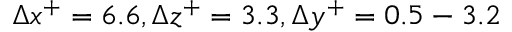
\Delta x ^ { + } = 6 . 6 , \Delta z ^ { + } = 3 . 3 , \Delta y ^ { + } = 0 . 5 - 3 . 2